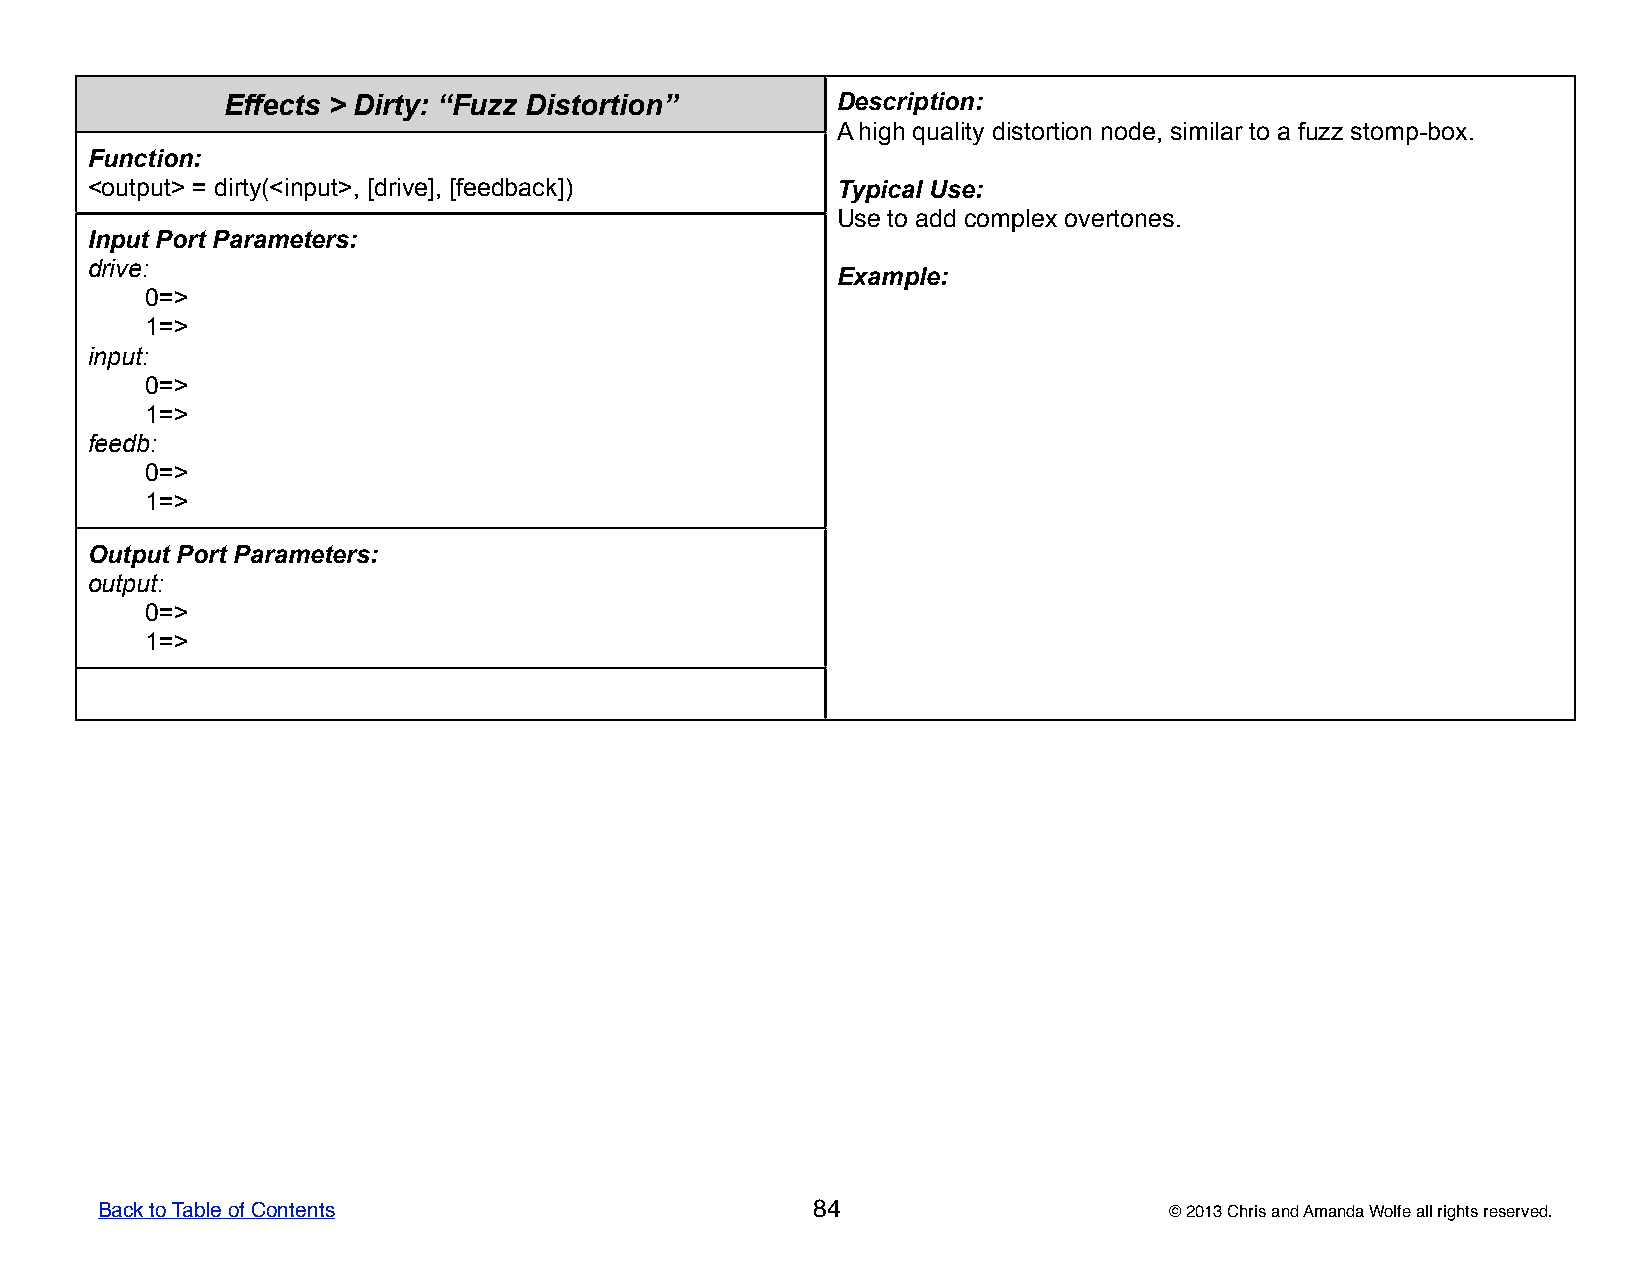
Effects > Dirty: “Fuzz Distortion”      DDDDDeeeeessssscccccrrrrriiiiippppptttttiiiiiooooonnnnn:::::
 AAAAA hhhhhiiiiiggggghhhhh qqqqquuuuuaaaaallllliiiiitttttyyyyy dddddiiiiissssstttttooooorrrrrtttttiiiiiooooonnnnn nnnnnooooodddddeeeee,,,,, sssssiiiiimmmmmiiiiilllllaaaaarrrrr tttttooooo aaaaa fffffuuuuuzzzzzzzzzz ssssstttttooooommmmmppppp-----bbbbboooooxxxxx.....
 Function:
 <output> = dirty(<input>, [drive], [feedback])   TTTTTyyyyypppppiiiiicccccaaaaalllll UUUUUssssseeeee:::::
 UUUUUssssseeeee tttttooooo aaaaadddddddddd cccccooooommmmmpppppllllleeeeexxxxx ooooovvvvveeeeerrrrrtttttooooonnnnneeeeesssss.....
 Input Port Parameters:
 drive:
 EEEEExxxxxaaaaammmmmpppppllllleeeee:::::
 0=>
 1=>
 input:
 0=>
 1=>
 feedb:
 0=>
 1=>
 Output Port Parameters:
 output:
 0=>
 1=>
 Back to Table of Contents                       84                     © 2013 Chris and Amanda Wolfe all rights reserved.